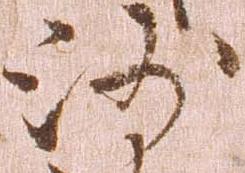
沙